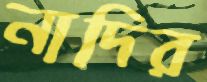
নাদির